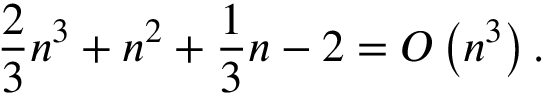
{ \frac { 2 } { 3 } } n ^ { 3 } + n ^ { 2 } + { \frac { 1 } { 3 } } n - 2 = O \left( n ^ { 3 } \right) .